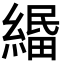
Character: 𦃴